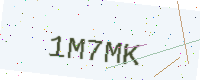
Text: 1M7MK